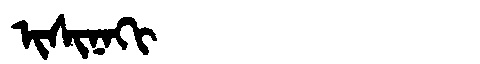
Manchu: ᡳᠰᡳᠨᠠᡴᡳ
Romanization: ISINAKI